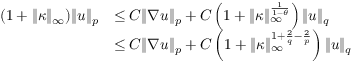
\begin{array} { r l } { ( 1 + \| \kappa \| _ { \infty } ) \| u \| _ { p } } & { \leq C \| \nabla u \| _ { p } + C \left( 1 + \| \kappa \| _ { \infty } ^ { \frac { 1 } { 1 - \theta } } \right) \| u \| _ { q } } \\ & { \leq C \| \nabla u \| _ { p } + C \left( 1 + \| \kappa \| _ { \infty } ^ { 1 + \frac { 2 } { q } - \frac { 2 } { p } } \right) \| u \| _ { q } } \end{array}